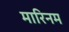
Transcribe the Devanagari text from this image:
मारिनम